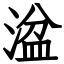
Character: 湓